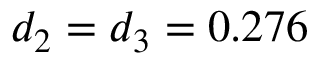
d _ { 2 } = d _ { 3 } = 0 . 2 7 6